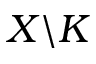
X \backslash K